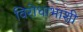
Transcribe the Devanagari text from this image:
विरोधाभाशी